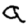
Digit: 9